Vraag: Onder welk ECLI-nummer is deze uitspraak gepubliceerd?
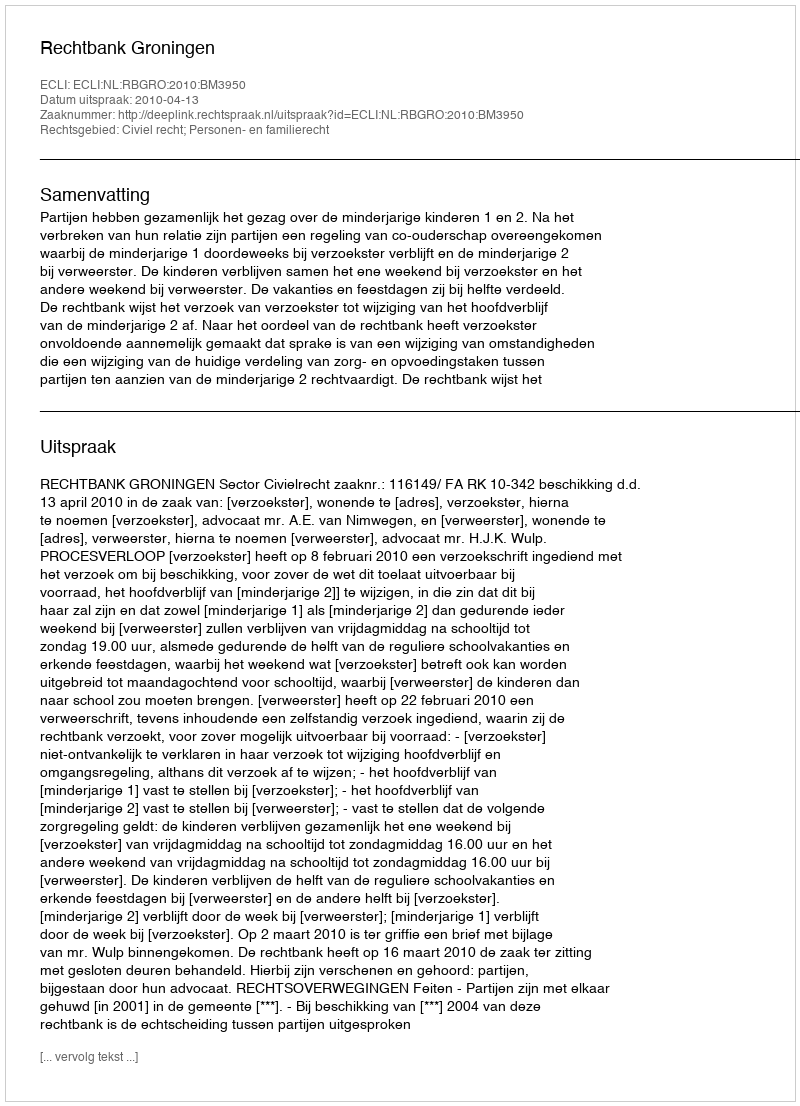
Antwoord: ECLI:NL:RBGRO:2010:BM3950